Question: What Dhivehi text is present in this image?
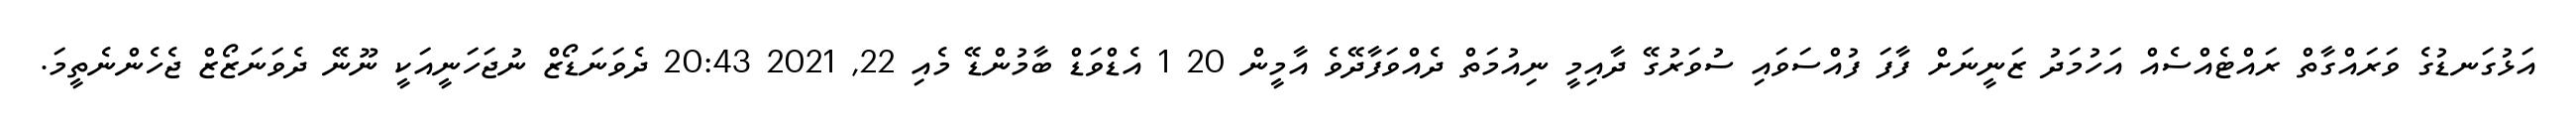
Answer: އަޅުގަނޑުގެ ވަރައްގާތް ރައްޓެއްސެއް އަހުމަދު ޒަނީނަށް ފާފަ ފުއްސަވައި ސުވަރުގޭ ދާއިމީ ނިއުމަތް ދެއްވަފާދޭވެ އާމީން 20 1 އެޑްވަޑް ބާމުންޑޭ މެއި 22, 2021 20:43 ދެވަނަޑޯޒް ނުޖަހަނީއަކީ ނޫނޭ ދެވަނަޒޯޒް ޖެހެންނެތީމަ.